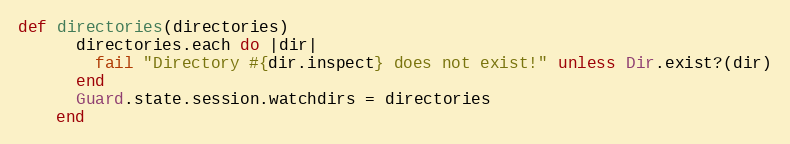
Language: Ruby
def directories(directories)
      directories.each do |dir|
        fail "Directory #{dir.inspect} does not exist!" unless Dir.exist?(dir)
      end
      Guard.state.session.watchdirs = directories
    end